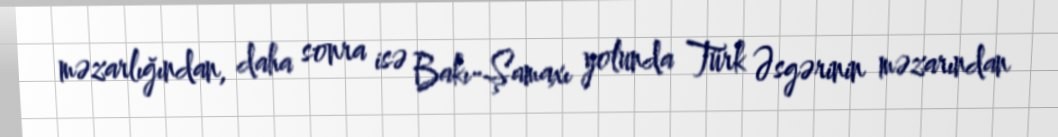
məzarlığından, daha sonra isə Bakı-Şamaxı yolunda Türk Əsgərinin məzarından